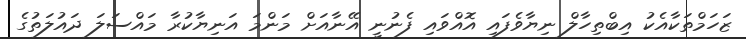
ޒަހަމްތަކާއެކު އިބްތިހާލް ނިޔާވެފައި އޮއްވައި ފެނުނީ އޭނާއަށް މަންމަ އަނިޔާކުރާ މައްސަލަ ދައުލަތުގެ